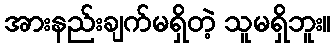
အားနည်းချက်မရှိတဲ့ သူမရှိဘူး။